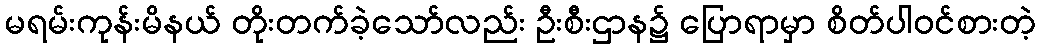
မရမ်းကုန်းမိနယ် တိုးတက်ခဲ့သော်လည်း ဦးစီးဌာန၌ ပြောရာမှာ စိတ်ပါဝင်စားတဲ့